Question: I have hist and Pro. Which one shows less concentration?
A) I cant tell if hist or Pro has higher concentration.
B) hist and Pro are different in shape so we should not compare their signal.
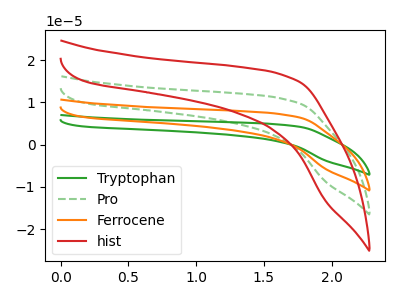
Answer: <think>The green curve "Tryptophan" has no peaks. The green dashed curve "Pro" has no peaks. The orange curve "Ferrocene" has no peaks. The red curve "hist" has no peaks.
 Neither "hist" or "Pro" have any peaks.</think>
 <answer>A) I cant tell if "hist" or "Pro" has higher concentration.</answer>
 <eval>A</eval>